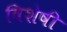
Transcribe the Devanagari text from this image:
विशेषीं